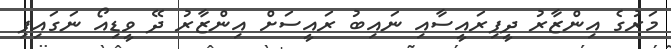
މަރުގެ އިންޒާރު ދީފިރައީސާއި ނައިބު ރައީސަށް އިންޒާރު ދޭ ވީޑިއޯ ނަގައިފި